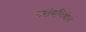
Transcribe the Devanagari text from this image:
प्रसंगविशेष